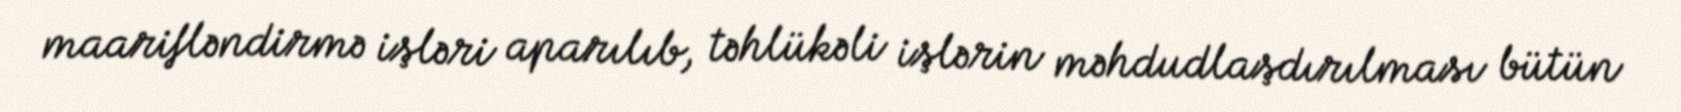
maarifləndirmə işləri aparılıb, təhlükəli işlərin məhdudlaşdırılması bütün